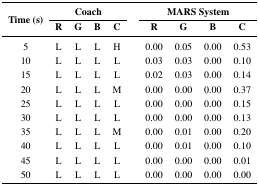
<table><thead><tr><td rowspan="3"><b>Time (s)</b></td><td colspan="4"><b>Coach</b></td><td colspan="4"><b>MARS System</b></td></tr><tr><td><b>R</b></td><td><b>G</b></td><td><b>B</b></td><td><b>C</b></td><td><b>R</b></td><td><b>G</b></td><td><b>B</b></td><td><b>C</b></td></tr></thead><tbody><tr><td>5</td><td>L</td><td>L</td><td>L</td><td>H</td><td>0.00</td><td>0.05</td><td>0.00</td><td>0.53</td></tr><tr><td>10</td><td>L</td><td>L</td><td>L</td><td>L</td><td>0.03</td><td>0.03</td><td>0.00</td><td>0.10</td></tr><tr><td>15</td><td>L</td><td>L</td><td>L</td><td>L</td><td>0.02</td><td>0.03</td><td>0.00</td><td>0.14</td></tr><tr><td>20</td><td>L</td><td>L</td><td>L</td><td>M</td><td>0.00</td><td>0.00</td><td>0.00</td><td>0.37</td></tr><tr><td>25</td><td>L</td><td>L</td><td>L</td><td>L</td><td>0.00</td><td>0.00</td><td>0.00</td><td>0.15</td></tr><tr><td>30</td><td>L</td><td>L</td><td>L</td><td>L</td><td>0.00</td><td>0.00</td><td>0.00</td><td>0.13</td></tr><tr><td>35</td><td>L</td><td>L</td><td>L</td><td>M</td><td>0.00</td><td>0.01</td><td>0.00</td><td>0.20</td></tr><tr><td>40</td><td>L</td><td>L</td><td>L</td><td>L</td><td>0.00</td><td>0.01</td><td>0.00</td><td>0.10</td></tr><tr><td>45</td><td>L</td><td>L</td><td>L</td><td>L</td><td>0.00</td><td>0.00</td><td>0.00</td><td>0.01</td></tr><tr><td>50</td><td>L</td><td>L</td><td>L</td><td>L</td><td>0.00</td><td>0.00</td><td>0.00</td><td>0.00</td></tr></tbody></table>